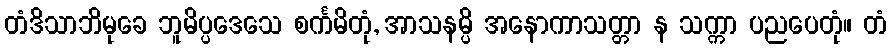
တံဒိသာဘိမုခေ ဘူမိပ္ပဒေသေ စင်္ကမိတုံ, အာသနမ္ပိ အနောကာသတ္တာ န သက္ကာ ပညပေတုံ။ တံ